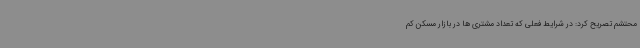
محتشم تصریح کرد: در شرایط فعلی که تعداد مشتری ها در بازار مسکن کم